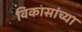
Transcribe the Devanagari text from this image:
विकासांच्या